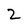
Character: 2